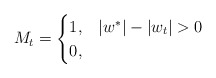
\begin{align*}M_{t} = \begin{cases}1, & |w^{*}| - |w_{t}| > 0 \\0, & \end{cases}\end{align*}